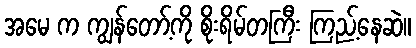
အမေ က ကျွန်တော့်ကို စိုးရိမ်တကြီး ကြည့်နေဆဲ။